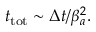
t _ { \mathrm { t o t } } \sim \Delta t / \beta _ { a } ^ { 2 } .